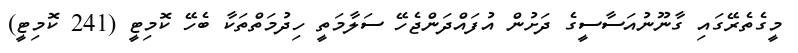
މީގެތެރޭގައި ގާނޫނުއަސާސީގެ ދަށުން އުފައްދަންޖެހޭ ސަލާމަތީ ހިދުމަތްތަކާ ބެހޭ ކޮމިޓީ (241 ކޮމިޓީ)